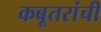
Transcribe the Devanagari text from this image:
कबूतरांची